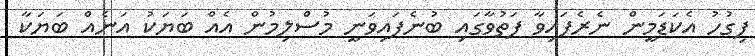
ފިގުހު އެކަޑަމީން ނެރެފައިވާ ފަތުވާގައި ބުނެފައިވަނީ މުސްލިމުން އެއް ބަޔަކު އަނެއް ބަޔަކާ